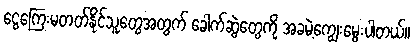
ငွေကြေးမတတ်နိုင်သူတွေအတွက် ခေါက်ဆွဲတွေကို အခမဲ့ကျွေးမွေးပါတယ်။